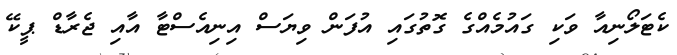
ކެޓަލޯނިއާ ވަކި ގައުމެއްގެ ގޮތުގައި އުފަން ވިޔަސް އިނިއެސްޓާ އާއި ޖެރާޑް ޕީކޭ